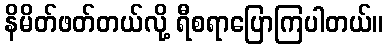
နိမိတ်ဖတ်တယ်လို့ ရီစရာပြောကြပါတယ်။